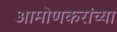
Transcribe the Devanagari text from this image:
आमोणकरांच्या